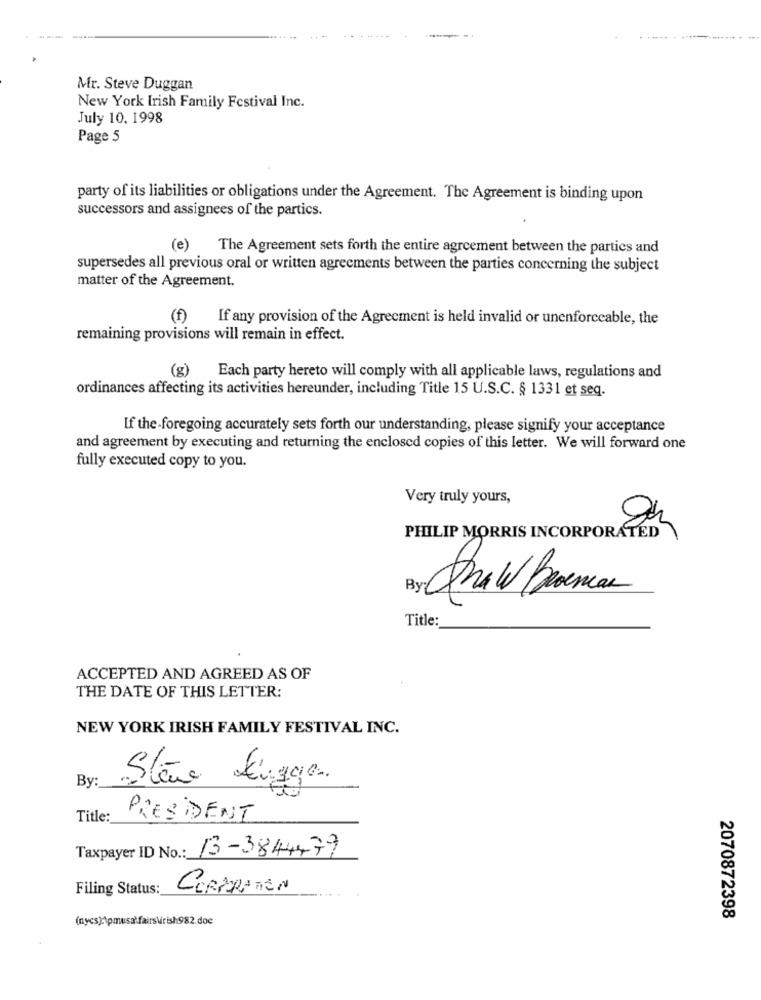
Mr. Steve Duggan
New York Irish Family Festival Inc.
July 10. 1998
Page 5
party of its liabilities or obligations under the Agreement. The Agreement is binding upon
successors and assignees of the partics.
(e) The Agreement sets forth the entire agreement between the parties and
supersedes all previous oral or written agreements between the parties concerning the subject
matter of the Agreement.
(f) If any provision of the Agreement is held invalid or unenforceable, the
remaining provisions will remain in effect.
(g) Each party hereto will comply with all applicable laws, regulations and
ordinances affecting its activities hereunder, including Title 15 U.S.C. § 1331 et seq.
If the foregoing accurately sets forth our understanding, please signify your acceptance
and agreement by executing and returning the enclosed copies of this letter. We will forward one
fully executed copy to you.
Very truly yours,
PHILIP MORRIS INCORPORATED
By
Anaw Brancas
Title:
ACCEPTED AND AGREED AS OF
THE DATE OF THIS LETTER:
NEW YORK IRISH FAMILY FESTIVAL INC.
By
Stène Ligga
Title:
PRESIDENT
Taxpayer ID No .: 13-3844479
Filing Status:
CORPORATEN
(nycs):\pmusa fairs\irish982.doc
2070872398